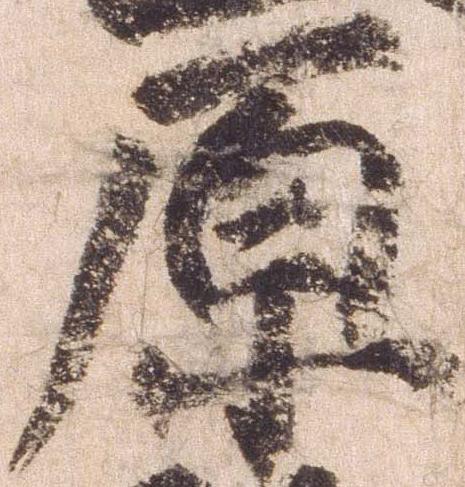
原